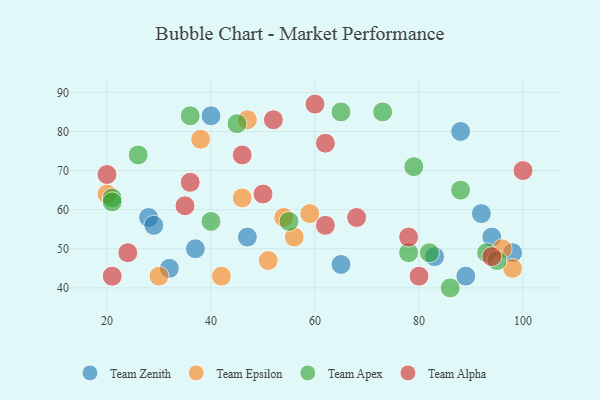
{"axis": {"x": "GDP", "y": "Life Expectancy"}, "legend": ["Team Alpha", "Team Apex", "Team Epsilon", "Team Zenith"], "data": [{"x": "98", "y": 49, "type": "Team Zenith"}, {"x": "40", "y": 84, "type": "Team Zenith"}, {"x": "37", "y": 50, "type": "Team Zenith"}, {"x": "94", "y": 53, "type": "Team Zenith"}, {"x": "28", "y": 58, "type": "Team Zenith"}, {"x": "29", "y": 56, "type": "Team Zenith"}, {"x": "92", "y": 59, "type": "Team Zenith"}, {"x": "88", "y": 80, "type": "Team Zenith"}, {"x": "32", "y": 45, "type": "Team Zenith"}, {"x": "83", "y": 48, "type": "Team Zenith"}, {"x": "89", "y": 43, "type": "Team Zenith"}, {"x": "47", "y": 53, "type": "Team Zenith"}, {"x": "65", "y": 46, "type": "Team Zenith"}, {"x": "47", "y": 83, "type": "Team Epsilon"}, {"x": "54", "y": 58, "type": "Team Epsilon"}, {"x": "42", "y": 43, "type": "Team Epsilon"}, {"x": "46", "y": 63, "type": "Team Epsilon"}, {"x": "98", "y": 45, "type": "Team Epsilon"}, {"x": "59", "y": 59, "type": "Team Epsilon"}, {"x": "51", "y": 47, "type": "Team Epsilon"}, {"x": "56", "y": 53, "type": "Team Epsilon"}, {"x": "38", "y": 78, "type": "Team Epsilon"}, {"x": "20", "y": 64, "type": "Team Epsilon"}, {"x": "96", "y": 50, "type": "Team Epsilon"}, {"x": "30", "y": 43, "type": "Team Epsilon"}, {"x": "88", "y": 65, "type": "Team Apex"}, {"x": "40", "y": 57, "type": "Team Apex"}, {"x": "93", "y": 49, "type": "Team Apex"}, {"x": "55", "y": 57, "type": "Team Apex"}, {"x": "36", "y": 84, "type": "Team Apex"}, {"x": "86", "y": 40, "type": "Team Apex"}, {"x": "82", "y": 49, "type": "Team Apex"}, {"x": "21", "y": 63, "type": "Team Apex"}, {"x": "45", "y": 82, "type": "Team Apex"}, {"x": "26", "y": 74, "type": "Team Apex"}, {"x": "79", "y": 71, "type": "Team Apex"}, {"x": "73", "y": 85, "type": "Team Apex"}, {"x": "78", "y": 49, "type": "Team Apex"}, {"x": "21", "y": 62, "type": "Team Apex"}, {"x": "95", "y": 47, "type": "Team Apex"}, {"x": "65", "y": 85, "type": "Team Apex"}, {"x": "24", "y": 49, "type": "Team Alpha"}, {"x": "20", "y": 69, "type": "Team Alpha"}, {"x": "36", "y": 67, "type": "Team Alpha"}, {"x": "46", "y": 74, "type": "Team Alpha"}, {"x": "62", "y": 77, "type": "Team Alpha"}, {"x": "50", "y": 64, "type": "Team Alpha"}, {"x": "62", "y": 56, "type": "Team Alpha"}, {"x": "21", "y": 43, "type": "Team Alpha"}, {"x": "52", "y": 83, "type": "Team Alpha"}, {"x": "78", "y": 53, "type": "Team Alpha"}, {"x": "80", "y": 43, "type": "Team Alpha"}, {"x": "68", "y": 58, "type": "Team Alpha"}, {"x": "94", "y": 48, "type": "Team Alpha"}, {"x": "100", "y": 70, "type": "Team Alpha"}, {"x": "60", "y": 87, "type": "Team Alpha"}, {"x": "35", "y": 61, "type": "Team Alpha"}]}